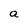
Character: a